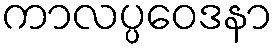
ကာလပ္ပဝေဒနာ